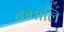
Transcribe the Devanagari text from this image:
कपालि